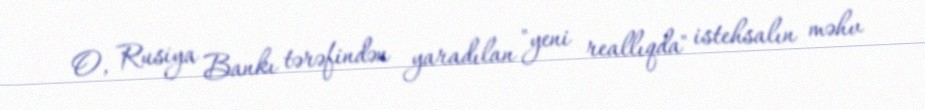
O, Rusiya Bankı tərəfindən yaradılan "yeni reallıqda" istehsalın məhv